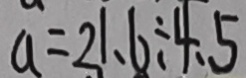
a = 2 1 . 6 \div 4 . 5